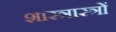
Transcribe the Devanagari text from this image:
शास्त्रास्त्रों